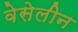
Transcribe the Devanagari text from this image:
वेसेलीन